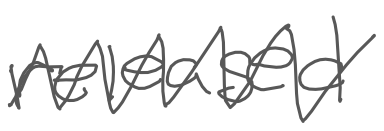
Text: released
Cross-out: zig-zag
Writing tool: digital_gray